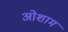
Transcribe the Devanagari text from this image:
ओशाम